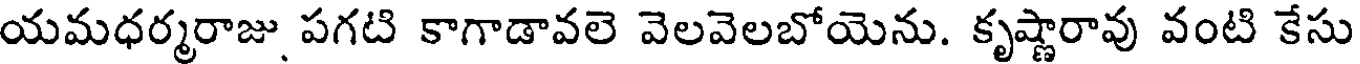
యమధర్మరాజు పగటి కాగాడావలె వెలవెలబోయెను. కృష్ణారావు వంటి కేసు